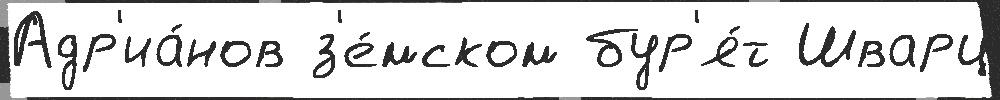
Адр'иа́нов з'е́мском бур'я́т Шварц